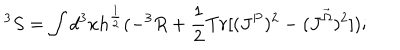
LaTeX: ^ 3 S = \int d ^ { 3 } x h ^ { \frac { 1 } { 2 } } ( - ^ { 3 } R + \frac { 1 } { 2 } T r [ ( J ^ { P } ) ^ { 2 } - ( J ^ { \vec { \Omega } } ) ^ { 2 } ] ) ;